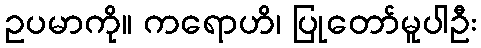
ဥပမာကို။ ကရောဟိ၊ ပြုတော်မူပါဦး